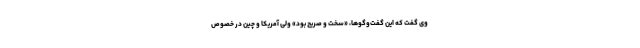
وی گفت که این گفت‌وگوها، «سخت و صریح بود» ولی آمریکا و چین در خصوص